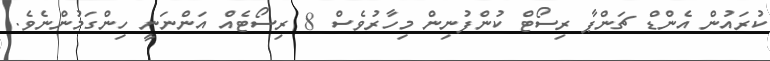
ކުރައުން އެންޑް ޗަންޕާ ރިސޯޓް ކުންފުނިން މިހާރުވެސް 8 ރިސޯޓެއް އަންނަނީ ހިންގަމުންނެވެ.